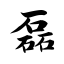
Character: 磊